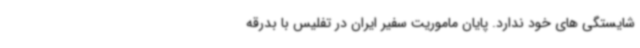
شایستگی های خود ندارد. پایان ماموریت سفیر ایران در تفلیس با بدرقه